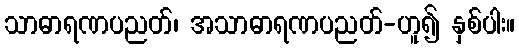
သာဓာရဏပညတ်၊ အသာဓာရဏပညတ်-ဟူ၍ နှစ်ပါး။